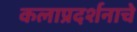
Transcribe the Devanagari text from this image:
कलाप्रदर्शनाचे